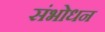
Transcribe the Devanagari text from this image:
संभोधन